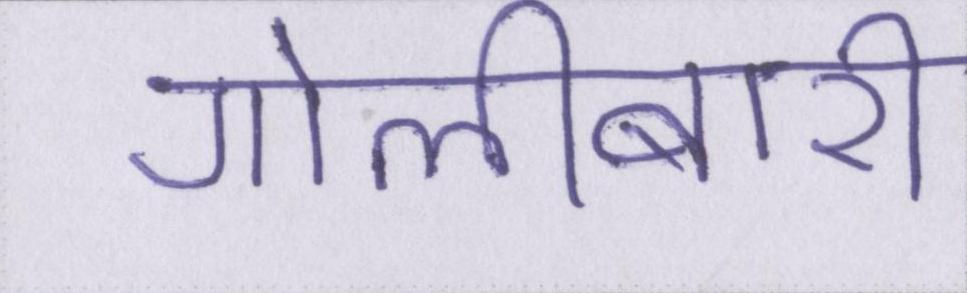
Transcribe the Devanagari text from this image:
गोलीबारी